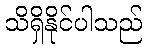
သိရှိနိုင်ပါသည်